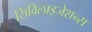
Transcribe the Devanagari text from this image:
सिविलाइजेशन्स